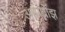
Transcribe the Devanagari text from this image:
आमब्रोझ